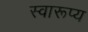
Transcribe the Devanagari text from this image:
स्वारूप्य